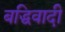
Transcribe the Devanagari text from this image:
बद्धिवादी